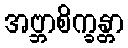
အဗ္ဘာစိက္ခန္တာ